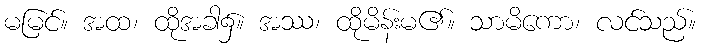
မမြင်။ အထ၊ ထိုအခါ၌။ အဿ၊ ထိုမိန်းမ၏။ သာမိကော၊ လင်သည်။